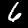
Label: 6